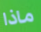
ماذا